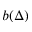
b ( \Delta )